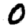
Digit: 0